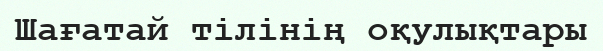
Шағатай тілінің оқулықтары